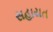
સહાયત